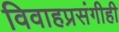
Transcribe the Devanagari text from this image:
विवाहप्रसंगीही